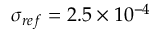
{ \sigma _ { r e f } } = 2 . 5 \times { 1 0 ^ { - 4 } }